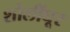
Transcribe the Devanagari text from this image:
शोलींघूर